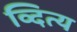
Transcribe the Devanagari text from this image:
व्दित्य